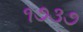
૧૭૩૭